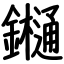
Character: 𨯁